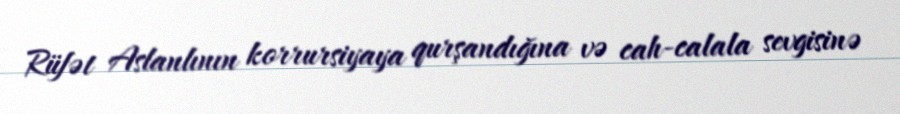
Rüfət Aslanlının korrursiyaya qurşandığına və cah-calala sevgisinə